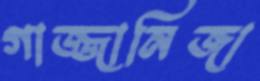
গাজ্জানিজা